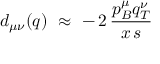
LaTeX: d _ { \mu \nu } ( q ) \, \, \approx \, \, - \, 2 \, \frac { p _ { B } ^ { \mu } q _ { T } ^ { \nu } } { x \, s }